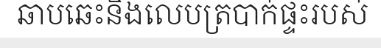
ឆាបឆេះនិងលេបត្របាក់ផ្ទះរបស់